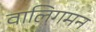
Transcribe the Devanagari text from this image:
वालिगमन